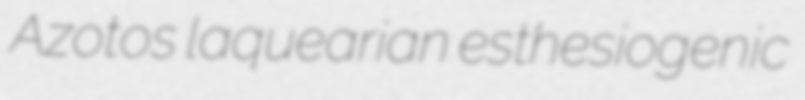
Azotos laquearian esthesiogenic